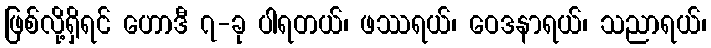
ဖြစ်လို့ရှိရင် ဟောဒီ ၇-ခု ပါရတယ်၊ ဖဿရယ်၊ ဝေဒနာရယ်၊ သညာရယ်၊